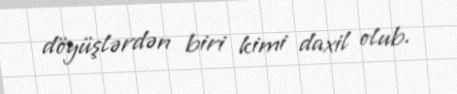
döyüşlərdən biri kimi daxil olub.